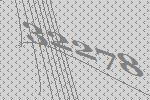
32278